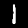
Label: 1